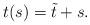
LaTeX: \begin{align*}t(s) = \tilde{t} + s .\end{align*}